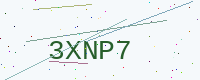
Text: 3XNP7